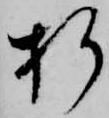
折